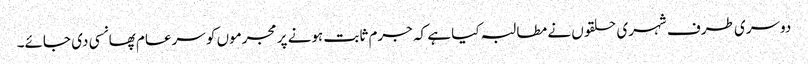
دوسری طرف شہری حلقوں نے مطالبہ کیا ہے کہ جرم ثابت ہونے پر مجرموں کو سرعام پھانسی دی جائے۔